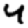
Digit: 4